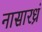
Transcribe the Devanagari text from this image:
नासारध्रं